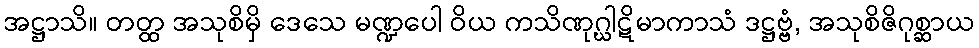
အဋ္ဌာသိ။ တတ္ထ အသုစိမှိ ဒေသေ မဏ္ဍပေါ ဝိယ ကသိဏုဂ္ဃါဋိမာကာသံ ဒဋ္ဌဗ္ဗံ, အသုစိဇိဂုစ္ဆာယ